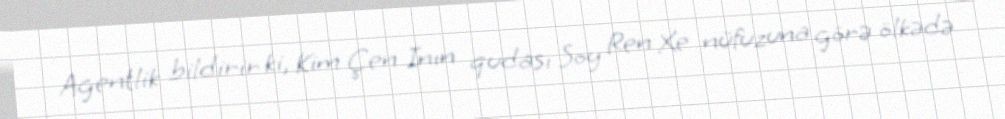
Agentlik bildirir ki, Kim Çen Inın qudası Soy Ren Xe nüfuzuna görə ölkədə